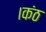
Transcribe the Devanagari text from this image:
।कंठ